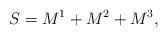
LaTeX: \begin{align*}S=M^{1}+M^{2}+M^{3},\end{align*}